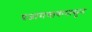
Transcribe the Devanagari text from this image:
प्रजासत्ताकपासून